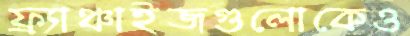
ফ্র্যাঞ্চাইজগুলোকেও